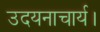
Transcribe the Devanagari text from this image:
उदयनाचार्य।